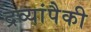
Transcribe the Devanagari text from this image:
द्रव्यांपैकी